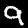
Label: 9